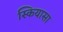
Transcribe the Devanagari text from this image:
स्कियासा